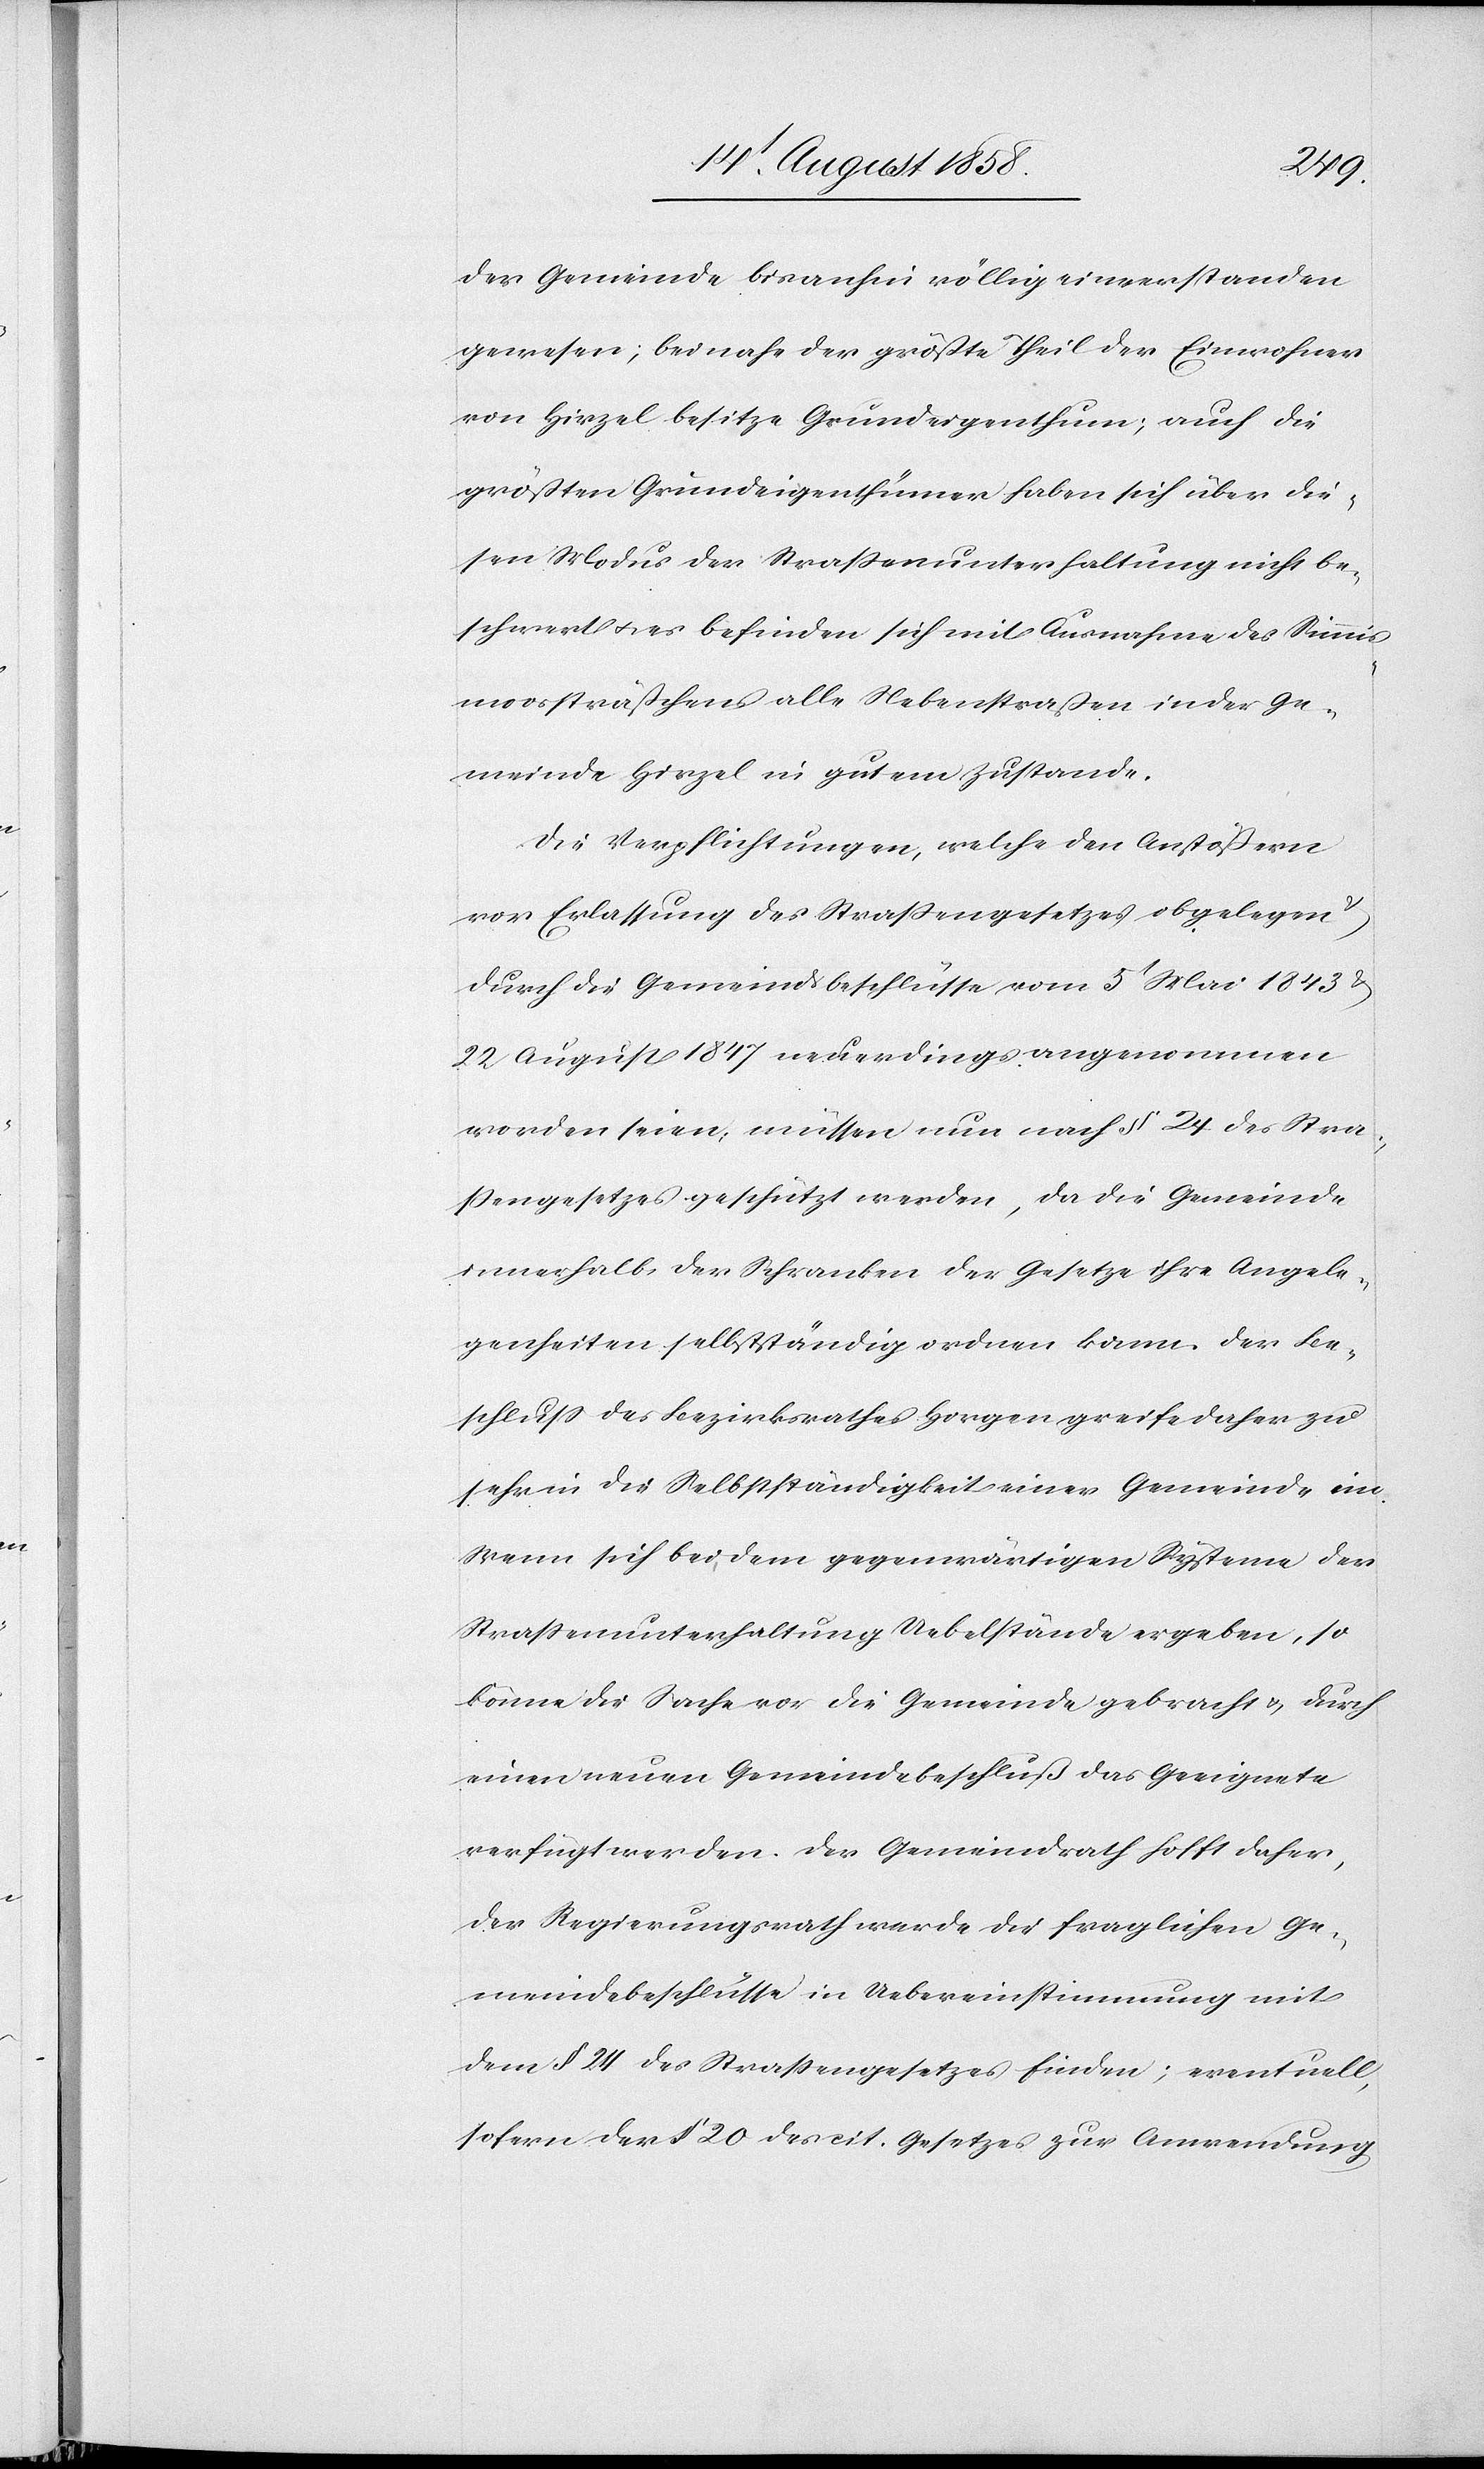
der Gemeinde bisanhin völlig einverstanden
gewesen; beinahe der größte Theil der Einwohner
von Hirzel besitze Grundeigenthum; auch die
größten Grundeigenthümer haben sich über die¬
sen Modus der Strassenunterhaltung nicht be¬
schwert & es befinden sich mit Ausnahme des Simmis¬
moossträßchens alle Nebenstraßen in der Ge¬
meinde Hirzel in gutem Zustande.
Die Verpflichtungen, welche den Anstößern
vor Erlassung des Strassengesetzes obgelegen
durch die Gemeindsbeschlüsse vom 5t Mai 1843 &
22 August 1847 neuerdings angenommen
worden seien, müssen nun nach § 24 des Stra¬
ssengesetzes geschützt werden, da die Gemeinde
innerhalb der Schranken der Gesetze ihre Angele¬
genheiten selbstständig ordnen kann. Der Be¬
schluss des Bezirksrathes Horgen greife daher zu
sehr in die Selbstständigkeit einer Gemeinde ein.
Wenn sich bei dem gegenwärtigen Systeme der
Strassenunterhaltung Uebelstände ergeben, so
könne die Sache vor die Gemeinde gebracht & durch
einen neuen Gemeindebeschluß das Geeignete
verfügt werden. Der Gemeindrath hofft daher,
der Regierungsrath werde die fraglichen Ge¬
meindebeschlüsse in Uebereinstimmung mit
dem § 24 des Strassengesetzes finden; eventuell,
sofern der § 20 des cit. Gesetzes zur Anwendung